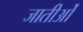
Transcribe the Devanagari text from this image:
जातीओं